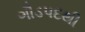
ગૌડપદથી